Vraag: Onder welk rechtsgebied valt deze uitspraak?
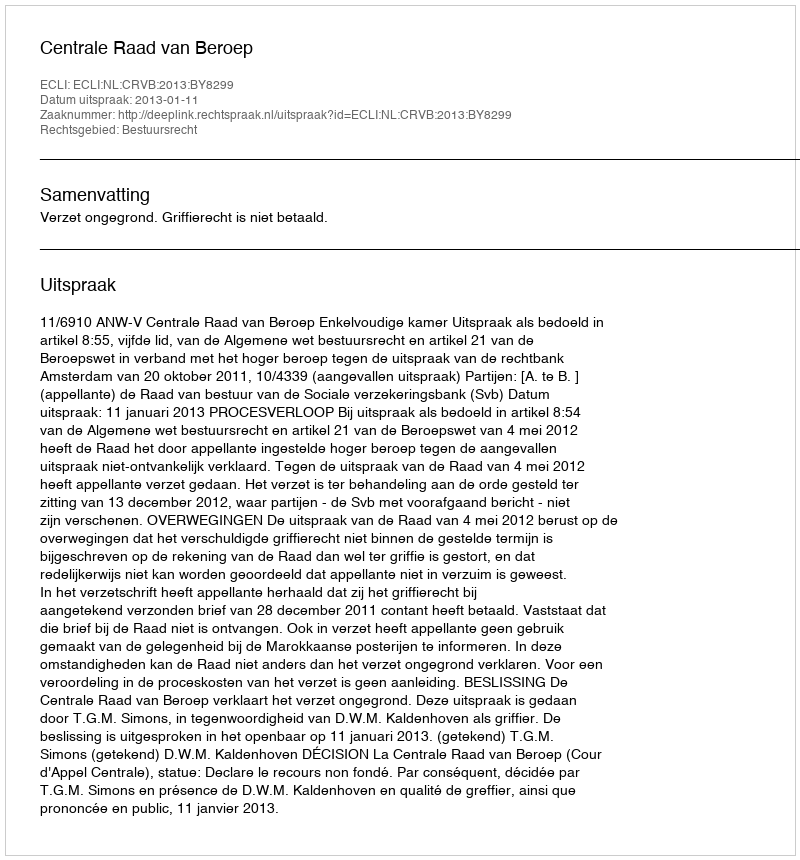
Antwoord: Bestuursrecht